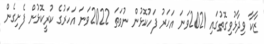
ޒާކާ ވިދާޅުވިގޮތުގައި 2021ވަނަ އަހަރު ފަހުކޮޅުން ނުވަތަ 2022ވަނަ އަހަރުގެ ކުރީކޮޅުން ފެށިގެން